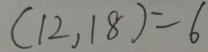
( 1 2 , 1 8 ) = 6